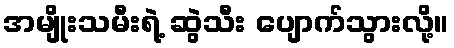
အမျိုးသမီးရဲ့ ဆွဲသီး ပျောက်သွားလို့။